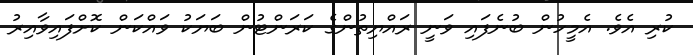
ކުރި އެވެ. އެމީހުން ބުނެފައި ވަނީ ރައްޔިތުންގެ ކަރަންޓުން ބަޔަކު ވައްކަން ކޮށްފައިވާއިރު